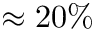
\approx 2 0 \%